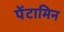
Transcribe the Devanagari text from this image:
पेंटामिन